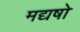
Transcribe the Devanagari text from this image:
मद्यषो